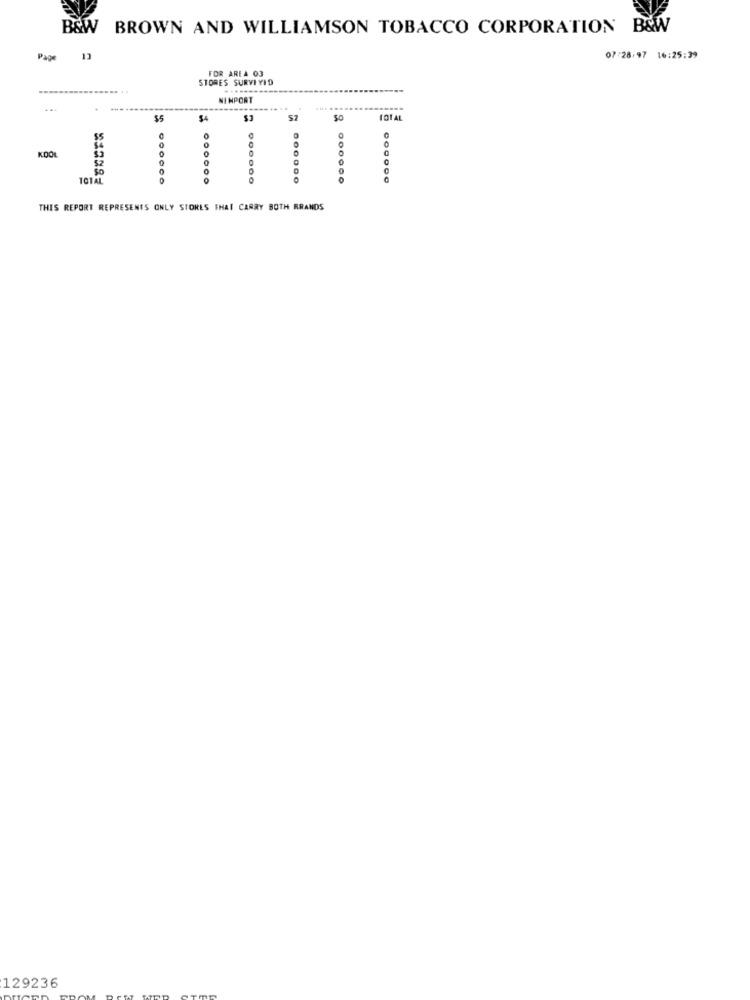
B&W BROWN AND WILLIAMSON TOBACCO CORPORATION B&W
Page
13
07-28/97 16:25:39
FOR AREA 03
STORES SURVIVID
NEMPORT
..
... ..
$5
$4
57
$0
TOTAL
0
KDOŁ
0
10170
0
000000
THIS REPORT REPRESENTS ONLY STORES THAT CARRY BOTH RRANDS
129236